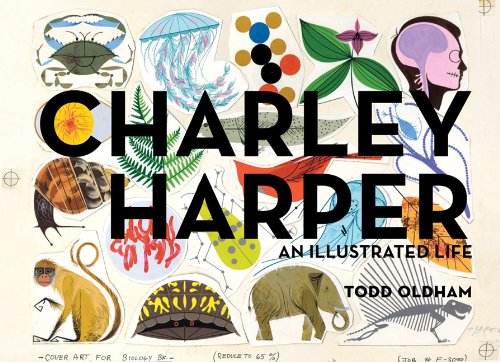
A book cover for Charley Harper: An Illustrated Life; Todd Oldham; Arts & Photography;